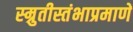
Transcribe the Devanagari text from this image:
स्म्रुतीस्तंभाप्रमाणे